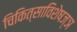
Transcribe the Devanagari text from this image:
चिकित्साविशेषज्ञ